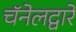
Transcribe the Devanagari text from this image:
चॅनेलद्वारे